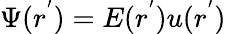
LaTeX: \Psi(r^{'})=E(r^{'})u(r^{'})